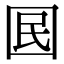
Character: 囻